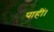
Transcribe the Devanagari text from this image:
पाहीं।